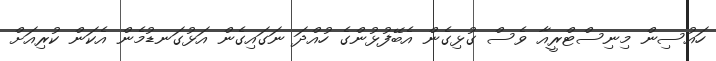
ހައުސިން މިނިސްޓްރީއާ ވެސް ގުޅިގެން އެބޭފުޅުންގެ ހުއްދަ ނަގައިގެން އަޅުގަނޑުމެން އެކަން ކުރިއަށް